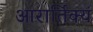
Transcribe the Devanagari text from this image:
आरार्तिक्यं